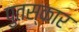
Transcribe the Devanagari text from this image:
पुतस्कार